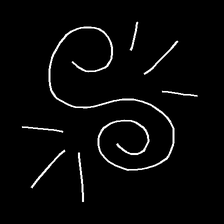
Glyph: wind-directs-air